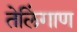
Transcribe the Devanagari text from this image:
तेलिंगाण